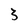
Character: 3